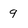
Character: 9